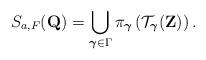
LaTeX: \begin{align*}S_{a,F}(\mathbf{Q})=\bigcup_{\boldsymbol{\gamma} \in \Gamma} \pi_{\boldsymbol{\gamma}}\left(\mathcal{T}_{\boldsymbol{\gamma}}(\mathbf{Z})\right).\end{align*}